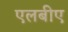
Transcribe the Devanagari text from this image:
एलबीए